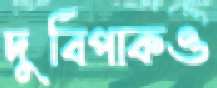
দুর্বিপাকও